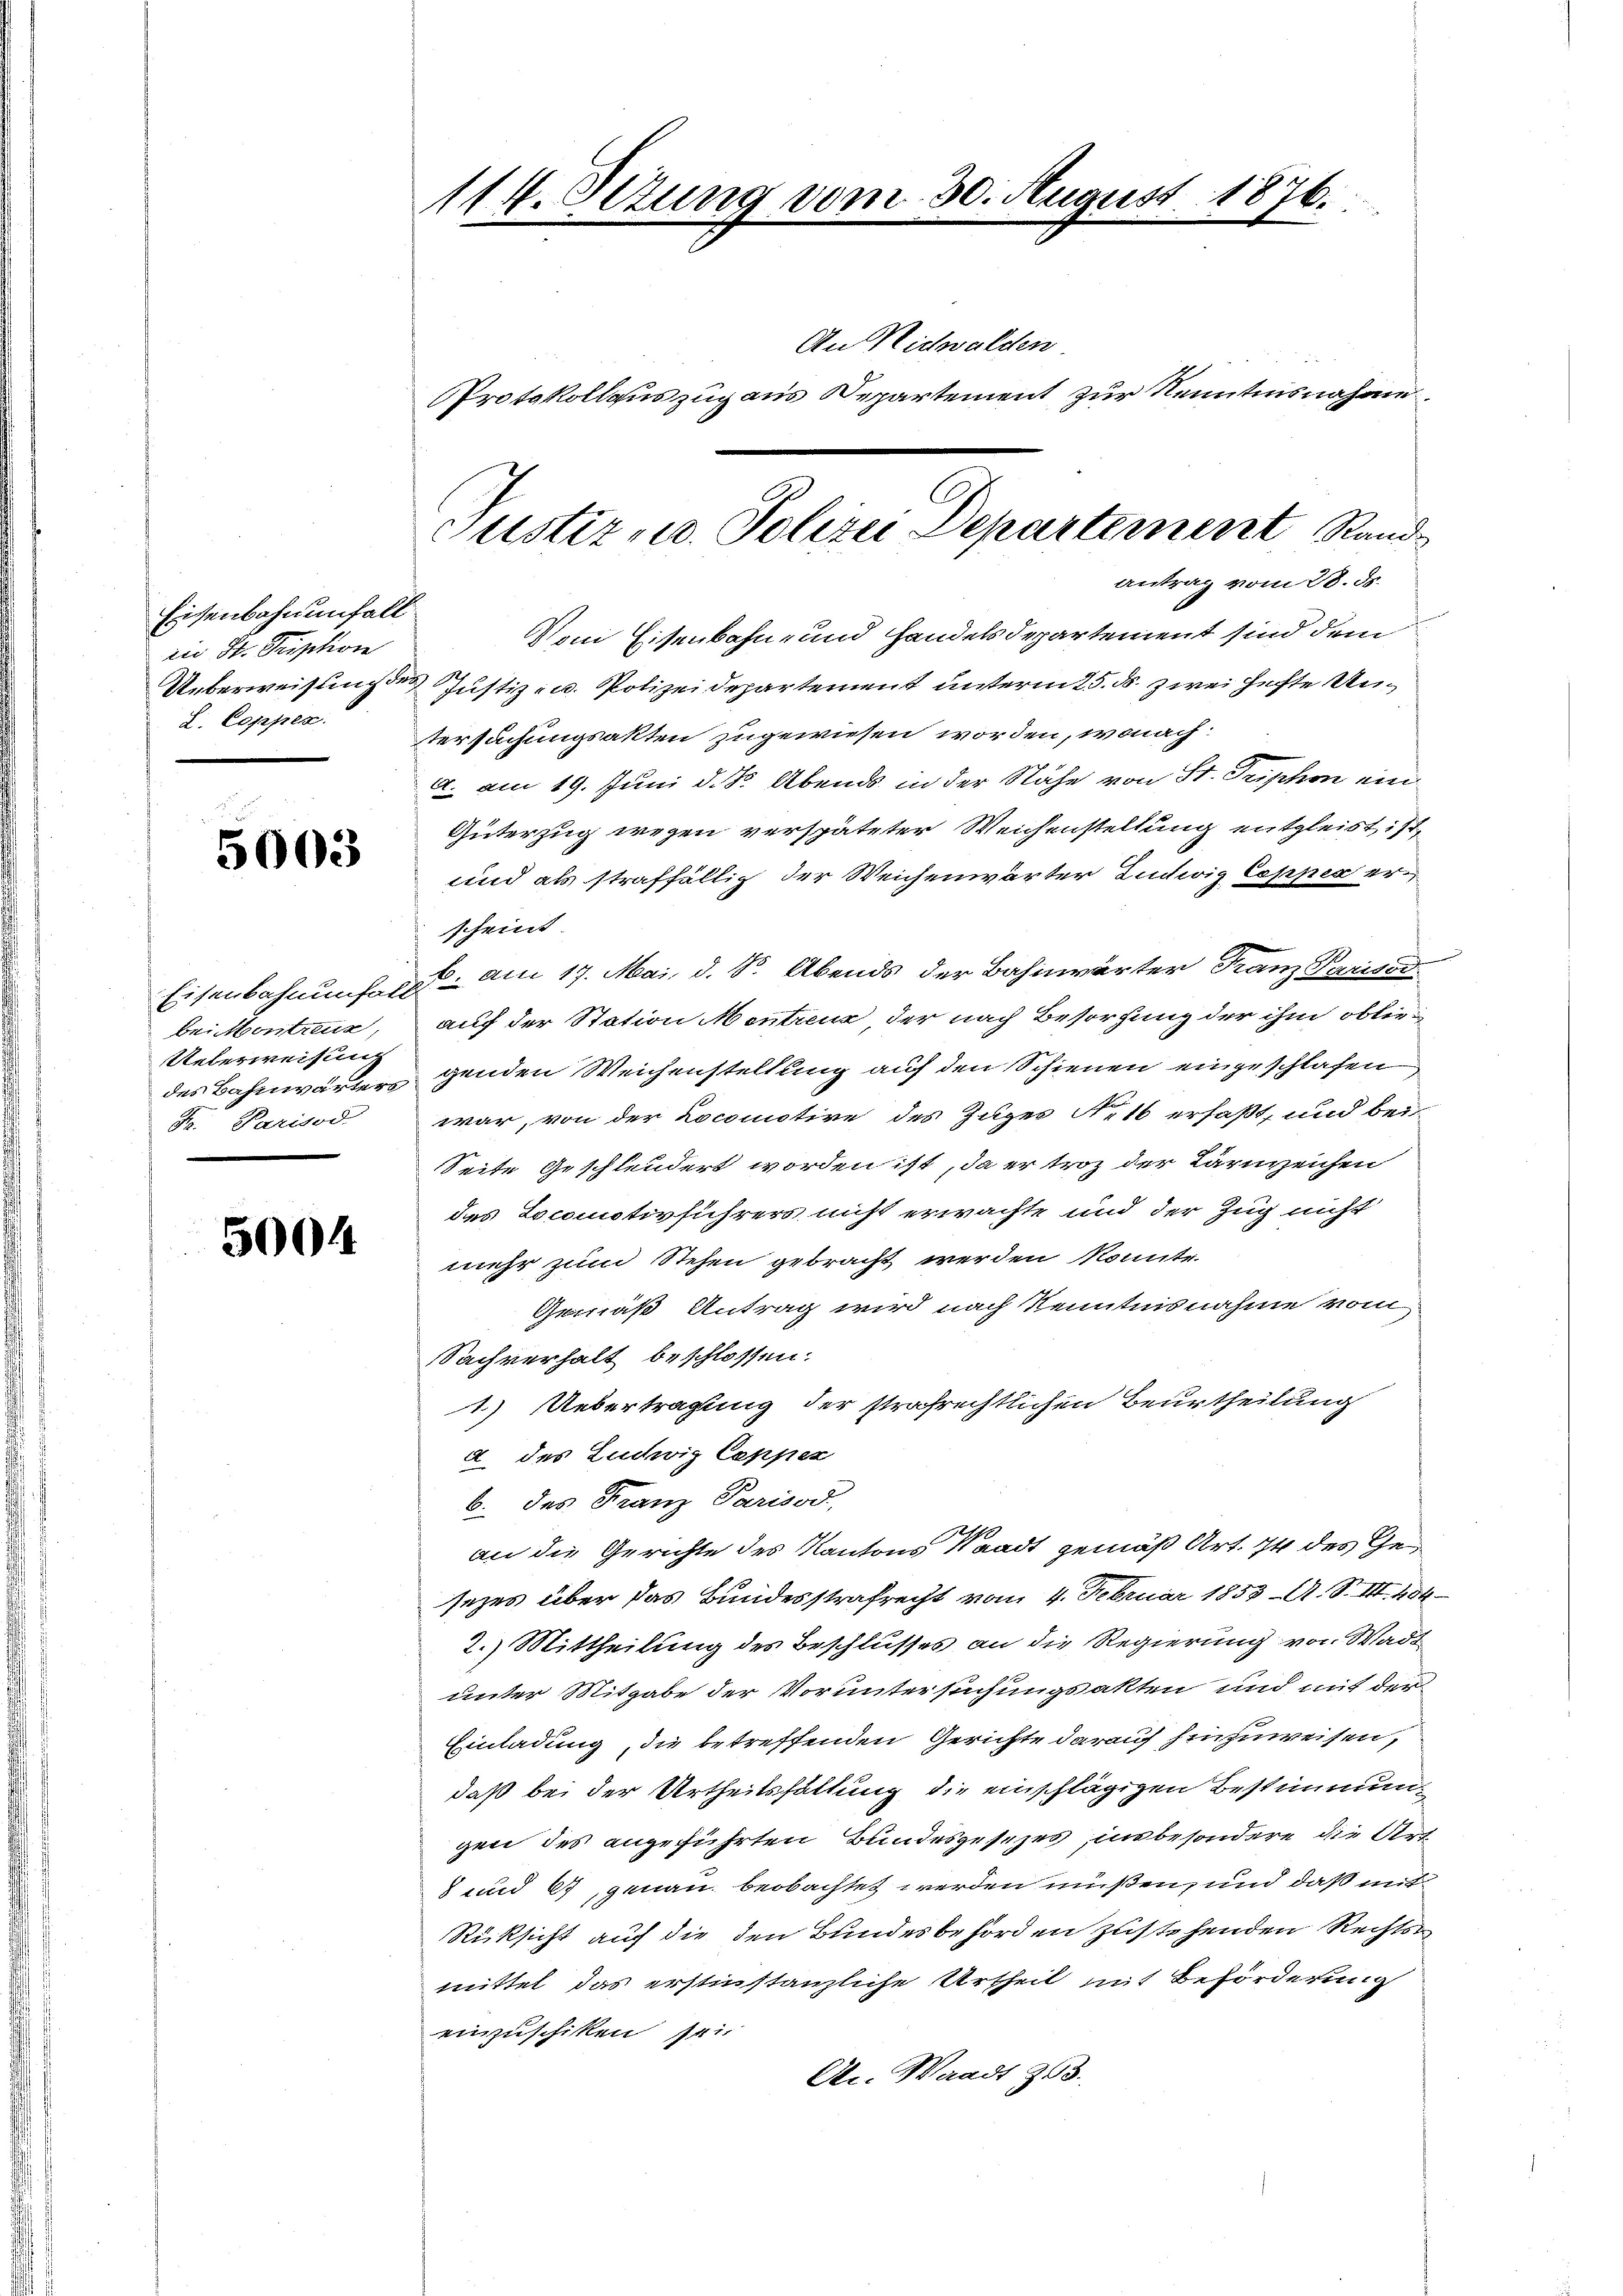
Eisenbahnenfall
zin St. Tription
L. Copper

5003

bei Montreux,
Ueberweisung
Gr. Parisod

5004

114. Setzung vom 30. August 1876.
An Nidwalden.
Protokollauszug aus Departement zur Kenntnisnahme

Justiz u. Polizei Departement Stande
antrag vom 28. ds.

Vom Eisenbahn- und Handelsdepartement sind dem
Ueberweisung des Justiz- u. Polizeidepartement unterm 25. ds. zwei Hefte Untersuchungsakten zugewiesen worden, wonach:
. am 19. Juni d. d. Abends in der Nähe von St. Geschon ein
Güterzug wegen verspäteter Weichenstellung entgleist, ist,
und als straffällig der Weichenwärter Ludwig Coppes er
scheint
Eisenbahnungen am 17. Mai, d. S. Abends der Bahnwärter Franz Parisod
auf der Station Montreuz, der nach Besorgung der ihm obliedes Bahnwärter genden Weichenstellung auf den Schienen eingeschlafen
war, von der Locomotire des Zuges Nett erfaßt, und bei
Seite Geschleudert worden ist, da er troz der Lärurzeichen
das Locomotivführers nicht erwachte und der Zug nicht
mehr zum Stehen gebracht werden konnte.
Gemäß Antrag wird nach Kenntnisnahme vom
Sachverhalt beschlossen:
1.) Uebertragung der strafrechtlichen Beurtheilung
a des Ludwig Cappen
b. des Franz Parisod
an die Gerichte des Kantons Waadt gemäß Art. 74 des Gesezes über das Bundesstrafrecht vom 4. Februar 1853 A. S. III. 404
2.) Mittheilung des Beschlusses an die Regierung von Wadt
unter Mitgabe der Voruntersuchungsakten und mit der
Einladung, die betreffenden Gerichte darauf hinzuweisen,
daß bei der Urtheilshaltung die einschlägigen Bestimmung
gen des angeführten Bundesgesetzes, insbesondere die Art
8 und 67, genau beobachtet werden müßen, und daß mit
Rücksicht auch die den Bundesbehörden zustehenden Rechtsmittel das erstinstanzliche Urtheil mit Beförderung
einzuschiken sei
Ac. Waadt 363.